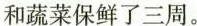
和蔬菜保鲜了三周。